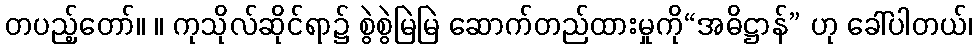
တပည့်တော်။ ။ ကုသိုလ်ဆိုင်ရာ၌ စွဲစွဲမြဲမြဲ ဆောက်တည်ထားမှုကို“အဓိဋ္ဌာန်” ဟု ခေါ်ပါတယ်၊